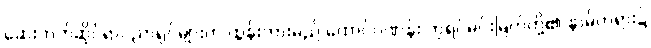
ဆေးဘက်ဆိုင်ရာပညာရှင်များက ထွန်းကားမည် ထောင်ဂဏန်း ဘုရင်မင်းမြတ်တို့၏ နာမ်တရား၌